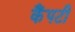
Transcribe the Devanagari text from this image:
कैंपटी